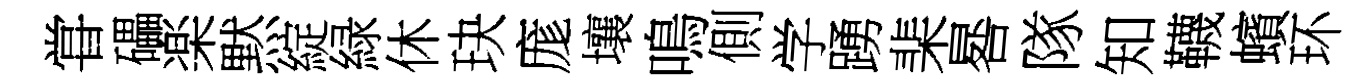
甞礧楽黙綻緑休玦庬壤鳴側学踴棐晷隊知韈蠙环